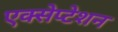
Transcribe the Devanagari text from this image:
एक्सेप्टेशन